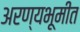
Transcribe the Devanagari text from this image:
अरण्यभूमीत